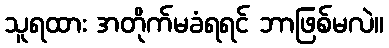
သူရထား အတိုက်မခံရရင် ဘာဖြစ်မလဲ။